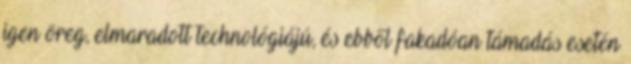
igen öreg, elmaradott technológiájú, és ebből fakadóan támadás esetén